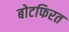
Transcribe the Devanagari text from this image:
बोटफिरत